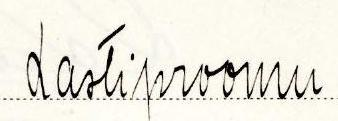
Lastiproomu